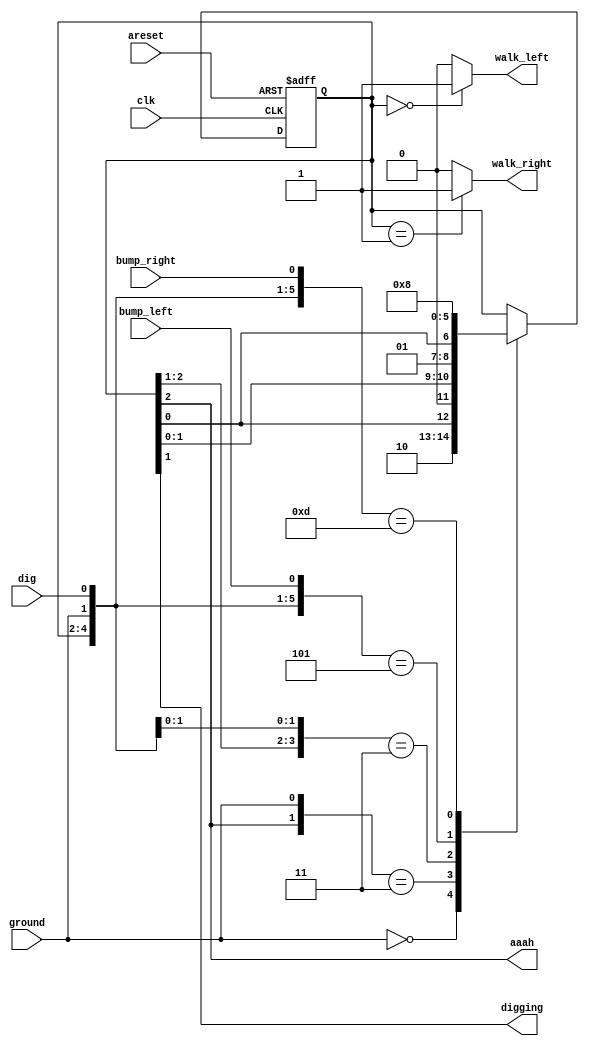
// https://hdlbits.01xz.net/wiki/Lemmings3

module top_module(
    input clk,
    input areset,    // Freshly brainwashed Lemmings walk left.
    input bump_left,
    input bump_right,
    input ground,
    input dig,
    output walk_left,
    output walk_right,
    output aaah,
    output digging );

    //                     fall dig dir
    parameter F_LEFT  = 3'b1____0___0;
    parameter F_RIGHT = 3'b1____0___1;
    parameter D_LEFT  = 3'b0____1___0;
    parameter D_RIGHT = 3'b0____1___1;
    parameter W_LEFT  = 3'b0____0___0;
    parameter W_RIGHT = 3'b0____0___1;


    reg [2:0] state;
    reg [2:0] next_state;

    always @(*) begin
        // State transition logic
        casez ({state, ground, dig, bump_left, bump_right})
            {3'b???,  4'b0???}: next_state = {1'b1, 1'b0,    state[0]};
            {3'b1??,  4'b1???}: next_state = {1'b0, state[1],state[0]};
            {3'b00?,  4'b11??}: next_state = {1'b0, 1'b1,    state[0]};
            {W_LEFT,  4'b101?}: next_state = W_RIGHT;
            {W_RIGHT, 4'b10?1}: next_state = W_LEFT;
            default:            next_state = state;
        endcase
    end

    always @(posedge clk, posedge areset) begin
        // State flip-flops with asynchronous reset
        if(areset) begin
            state <= W_LEFT;
        end else begin
            state <= next_state;
        end
    end

    // Output logic
    assign aaah       = state[2];
    assign digging    = state[1];
    assign walk_left  = (state == W_LEFT  ? 1'b1 : 1'b0);
    assign walk_right = (state == W_RIGHT ? 1'b1 : 1'b0);

endmodule